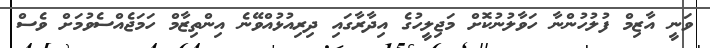
ވަނީ އާޒިމް ފުލުހުންނާ ހަވާލުނުކޮށް މަޖިލީހުގެ އިދާރާގައި ދިރިއުޅުއްވޭނެ އިންތިޒާމް ހަމަޖެއްސެވުމަށް ވެސް